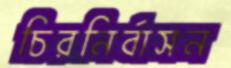
চিরনির্বাসন